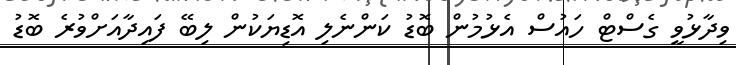
ވިދާޅުވީ ގެސްޓް ހައުސް އެޅުމުން ބޮޑު ކަންނެލި އޮޑިޔަކުން ލިބޭ ފައިދާއަށްވުރެ ބޮޑު